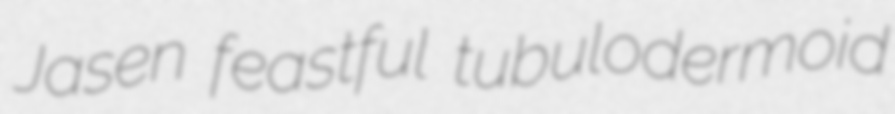
Jasen feastful tubulodermoid